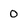
Character: O